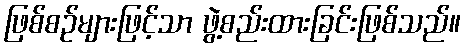
ဖြစ်စဉ်များဖြင့်သာ ဖွဲ့စည်းထားခြင်းဖြစ်သည်။